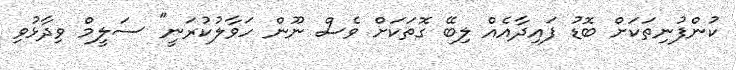
ކުންފުނިތަކަށް ބޮޑު ފައިދާއެއް ލިބޭ ގޮތަކަށް ވެސް ނޫން ހަވާލުކުރަނީ" ސަލީމް ވިދާޅުވި